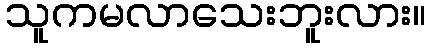
သူကမလာသေးဘူးလား။